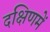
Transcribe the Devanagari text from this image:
दक्षिणमें